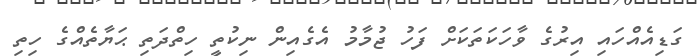
ގަޑިއެއްހައި އިރުގެ ވާހަކަތަކަށް ފަހު ޖުމާމު އެގެއިން ނިކުތީ ހިތްދަތި ޙަޔާތެއްގެ ހިތި